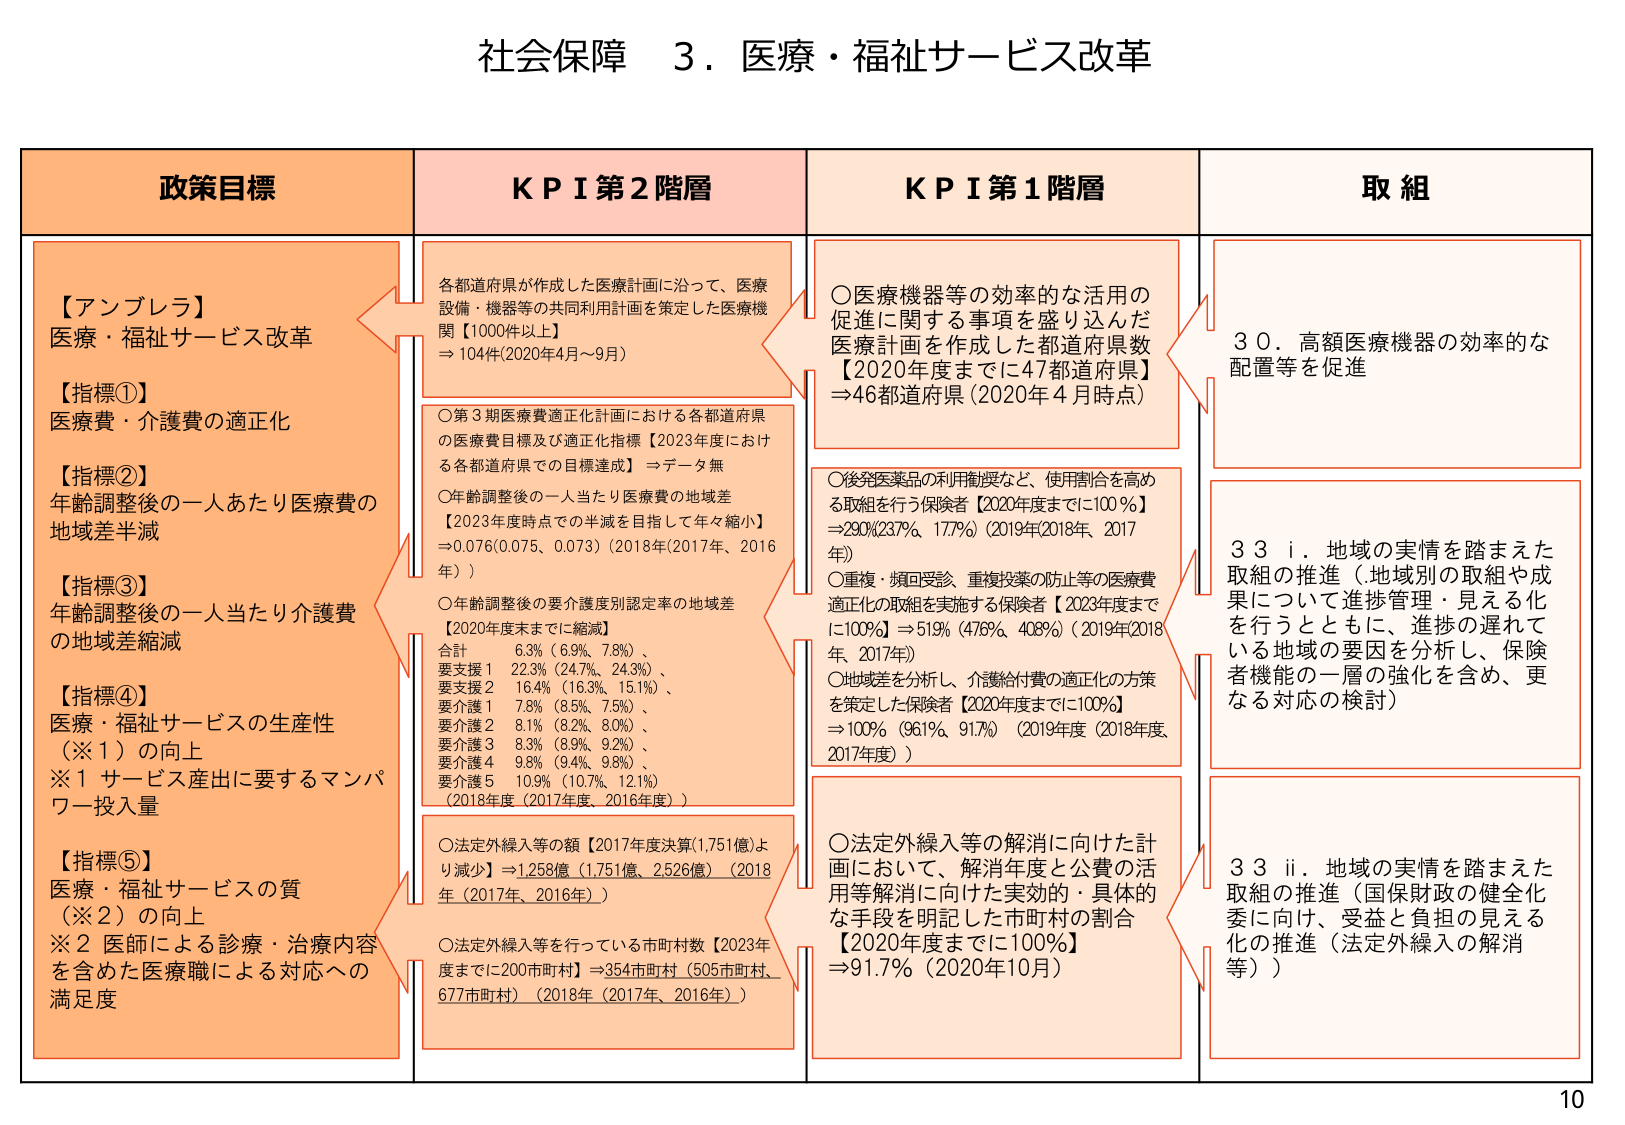
社会保障 ３．医療・福祉サービス改革

政策目標

【アンブレラ】
医療・福祉サービス改革

【指標①】
医療費・介護費の適正化

【指標②】
年齢調整後の一人あたり医療費の
地域差半減

【指標③】
年齢調整後の一人当たり介護費
の地域差縮減

【指標④】
医療・福祉サービスの生産性
（※１）の向上
※１ サービス産出に要するマンパ
ワー投入量

【指標⑤】
医療・福祉サービスの質
（※２）の向上
※２ 医師による診療・治療内容
を含めた医療職による対応への
満足度

KPI 第2階層

各都道府県が作成した医療計画に沿って、医療
設備・機器等の共同利用計画を策定した医療機
関【1000件以上】
⇒ 104件（2020年4月～9月）

○第3期医療費適正化計画における各都道府県
の医療費目標及び適正化指標【2023年度におけ
る各都道府県での目標達成】⇒データ無

○年齢調整後の一人当たり医療費の地域差
【2023年度時点での半減を目指して年々縮小】
⇒0.076（0.075、0.073）（2018年（2017年、2016
年））

○年齢調整後の要介護度別認定率の地域差
【2020年度末までに縮減】
合計 6.3%（6.9%、7.8%）、
要支援1 22.3%（24.7%、24.3%）、
要支援2 16.4%（16.3%、15.1%）、
要介護1 7.8%（8.5%、7.5%）、
要介護2 8.1%（8.2%、8.0%）、
要介護3 8.3%（8.9%、9.2%）、
要介護4 9.8%（9.4%、9.8%）、
要介護5 10.9%（10.7%、12.1%）
（2018年度（2017年度、2016年度））

○法定外繰入等の額【2017年度決算（1.751億）よ
り減少】⇒1.258億（1.751億、2.526億）（2018
年（2017年、2016年））

○法定外繰入等を行っている市町村数【2023年
度までに200市町村】⇒354市町村（505市町村、
677市町村）（2018年（2017年、2016年））

KPI 第1階層

○医療機器等の効率的な活用の
促進に関する事項を盛り込んだ
医療計画を作成した都道府県数
【2020年度までに47都道府県】
⇒46都道府県（2020年4月時点）

○後発医薬品の利用割奨など、使用割合を高め
る取組を行う保険者【2020年度までに100％】
⇒290%（23.7%、17.7%）（2019年（2018年、2017
年））

○重複・頻回受診、重複投薬の防止等の医療費
適正化の取組を実施する保険者【2023年度まで
に100%】⇒51%（47.6%、40.8%）（2019年（2018
年、2017年））

○地域差を分析し、介護給付費の適正化の方策
を策定した保険者【2020年度までに100%】
⇒100%（96.1%、91.7%）（2019年度（2018年度
2017年度））

○法定外繰入等の解消に向けた計
画において、解消年度と公費の活
用等解消に向けた実効的・具体的
な手段を明記した市町村の割合
【2020年度までに100%】
⇒91.7%（2020年10月）

取組

30．高額医療機器の効率的な
配置等を促進

33 i．地域の実情を踏まえた
取組の推進（地域別の取組や成
果について進捗管理・見える化
を行うとともに、進捗の遅れて
いる地域の要因を分析し、保険
者機能の一層の強化を含め、更
なる対応の検討）

33 ii．地域の実情を踏まえた
取組の推進（国保財政の健全化
委に向け、受益と負担の見える
化の推進（法定外繰入の解消
等））

10